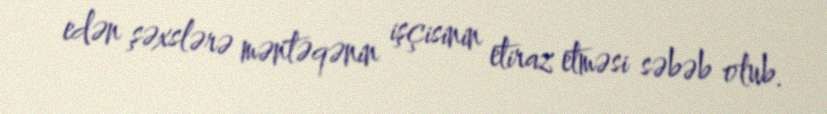
edən şəxslərə məntəqənin işçisinin etiraz etməsi səbəb olub.